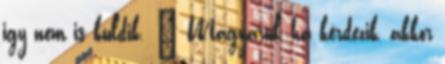
igy nem is kuldik. " Magyarul, ha kérdezik, akkor